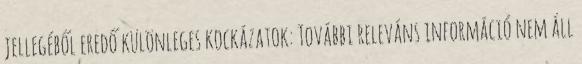
jellegéből eredő különleges kockázatok: További releváns információ nem áll